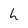
Character: h